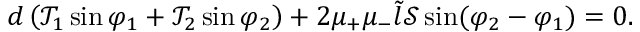
\begin{array} { r } { d \left( \mathcal { T } _ { 1 } \sin \varphi _ { 1 } + \mathcal { T } _ { 2 } \sin \varphi _ { 2 } \right) + 2 \mu _ { + } \mu _ { - } \tilde { l } \mathcal { S } \sin ( \varphi _ { 2 } - \varphi _ { 1 } ) = 0 . } \end{array}